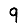
Digit: 9